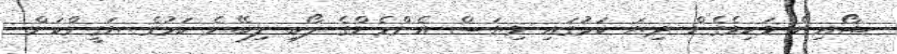
ޝޯއިން ވަކިވެގެން ދިޔަ ކަމުގައި ވިޔަސް އެންމެންގެ ލޯބި ލިބޭނެ ކަމުގެ ޔަގީންކަން